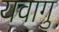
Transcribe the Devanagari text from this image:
यवागु